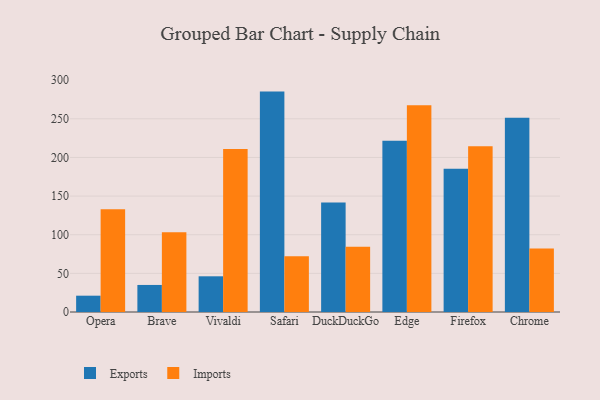
{"axis": {"x": "Browser", "y": "Demand Index"}, "legend": ["Exports", "Imports"], "data": [{"x": "Opera", "y": 21.1, "type": "Exports"}, {"x": "Opera", "y": 132.9, "type": "Imports"}, {"x": "Brave", "y": 35.0, "type": "Exports"}, {"x": "Brave", "y": 103.3, "type": "Imports"}, {"x": "Vivaldi", "y": 46.2, "type": "Exports"}, {"x": "Vivaldi", "y": 210.9, "type": "Imports"}, {"x": "Safari", "y": 285.2, "type": "Exports"}, {"x": "Safari", "y": 72.3, "type": "Imports"}, {"x": "DuckDuckGo", "y": 141.8, "type": "Exports"}, {"x": "DuckDuckGo", "y": 84.4, "type": "Imports"}, {"x": "Edge", "y": 221.6, "type": "Exports"}, {"x": "Edge", "y": 267.5, "type": "Imports"}, {"x": "Firefox", "y": 185.5, "type": "Exports"}, {"x": "Firefox", "y": 214.4, "type": "Imports"}, {"x": "Chrome", "y": 251.2, "type": "Exports"}, {"x": "Chrome", "y": 82.2, "type": "Imports"}]}